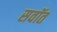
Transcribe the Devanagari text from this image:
सवॉत